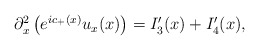
\begin{align*}\begin{aligned}\partial_x^2\left( e^{ic_+(x)}u_x(x) \right) & =I_3'(x)+I_4'(x),\end{aligned}\end{align*}